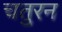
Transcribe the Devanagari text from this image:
चतुरन